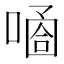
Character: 𠻙